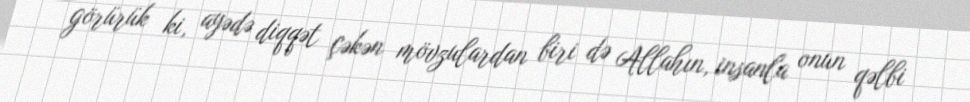
görürük ki, ayədə diqqət çəkən mövzulardan biri də Allahın, insanla onun qəlbi